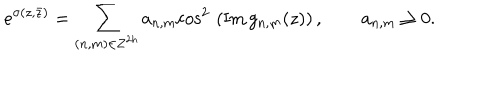
LaTeX: e ^ { \sigma ( z , \bar { z } ) } = \sum _ { ( { n , m } ) \in { \bf Z } ^ { 2 h } } a _ { n , m } \mathrm { c o s } ^ { 2 } \, \left( \mathrm { I m } \, g _ { n , m } ( z ) \right) , \qquad a _ { n , m } \ge 0 .